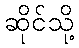
ဆိုင်သို့